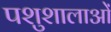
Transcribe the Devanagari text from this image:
पशुशालाओं